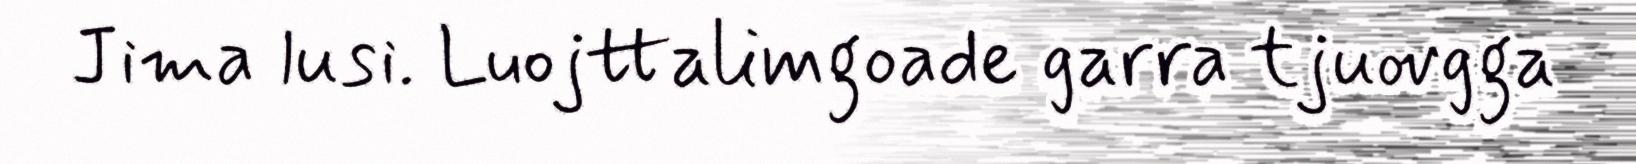
Jima lusi. Luojttalimgoade garra tjuovgga